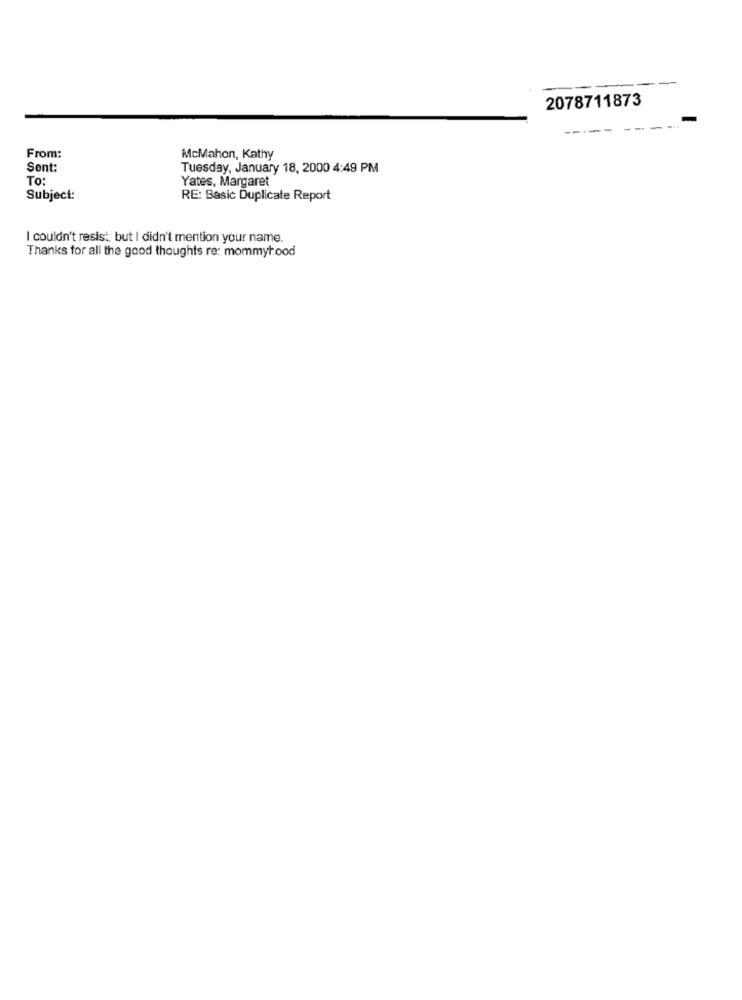
2078711873
--
From:
McMahon, Kathy
Sent:
Tuesday, January 18, 2000 4:49 PM
To:
Yates, Margaret
Subject:
RE: Basic Duplicate Report
I couldn't resist, but I didn't mention your name.
Thanks for all the good thoughts re: mommyhood